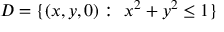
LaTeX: D = \{ ( x , y , 0 ) : \ x ^ { 2 } + y ^ { 2 } \leq 1 \}